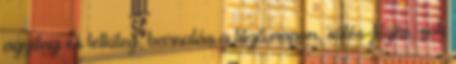
agyilag és lelkileg, barnulás a tűző napon, sütés-főzés, sok